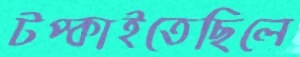
টপ্‌কাইতেছিলে